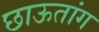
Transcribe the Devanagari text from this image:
छाऊतांग